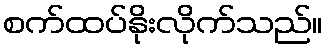
စက်ထပ်နိုးလိုက်သည်။